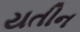
યતીન